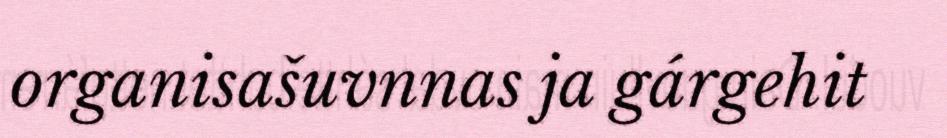
organisašuvnnas ja gárgehit